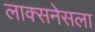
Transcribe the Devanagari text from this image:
लाक्सनेसला